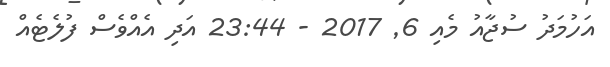
އަހުމަދު ސުޖާއު މެއި 6